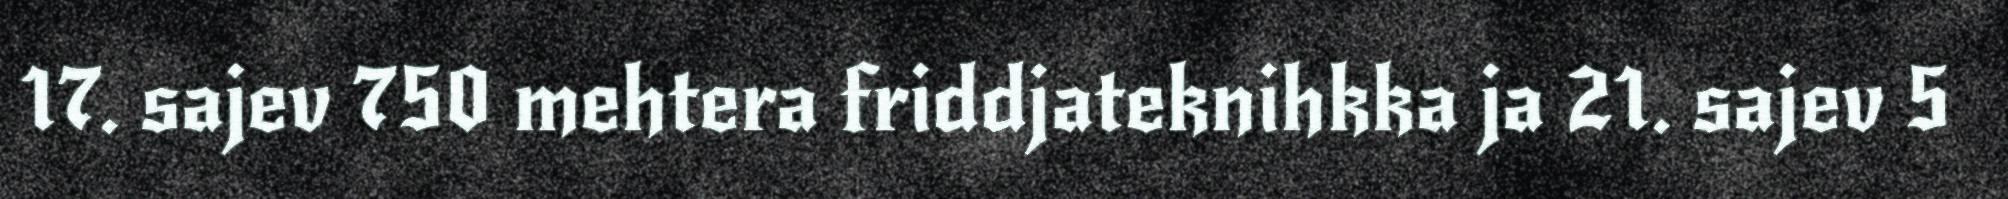
17. sajev 750 mehtera friddjateknihkka ja 21. sajev 5